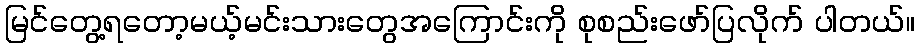
မြင်တွေ့ရတော့မယ့်မင်းသားတွေအကြောင်းကို စုစည်းဖော်ပြလိုက် ပါတယ်။